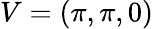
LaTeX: V=(\pi,\pi,0)